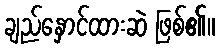
ချည်နှောင်ထားဆဲ ဖြစ်၏။